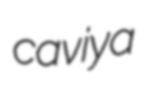
caviya